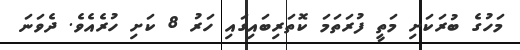
މަހުގެ ބުރަކަށި މަތީ ފުރަތަމަ ކޮތަރިބައިގައި ހަރު 8 ކަށި ހުރެއެވެ. ދެވަނަ